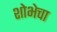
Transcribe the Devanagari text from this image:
शोभेचा